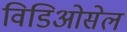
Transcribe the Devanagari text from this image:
विडिओसेल